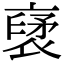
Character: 裦